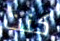
كنت